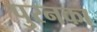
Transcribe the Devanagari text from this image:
पुरनका